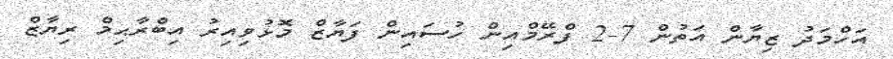
އަހްމަދު ޒިޔާން އަތުން 7-2 ފްރޭމްއިން ހުސައިން ފަޔާޒް މޮޅުވިއިރު އިބްރާޙިމް ރިޔާޒް